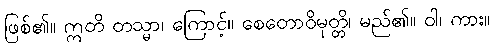
ဖြစ်၏။ ဣတိ တသ္မာ၊ ကြောင့်။ စေတောဝိမုတ္တိ၊ မည်၏။ ဝါ၊ ကား။